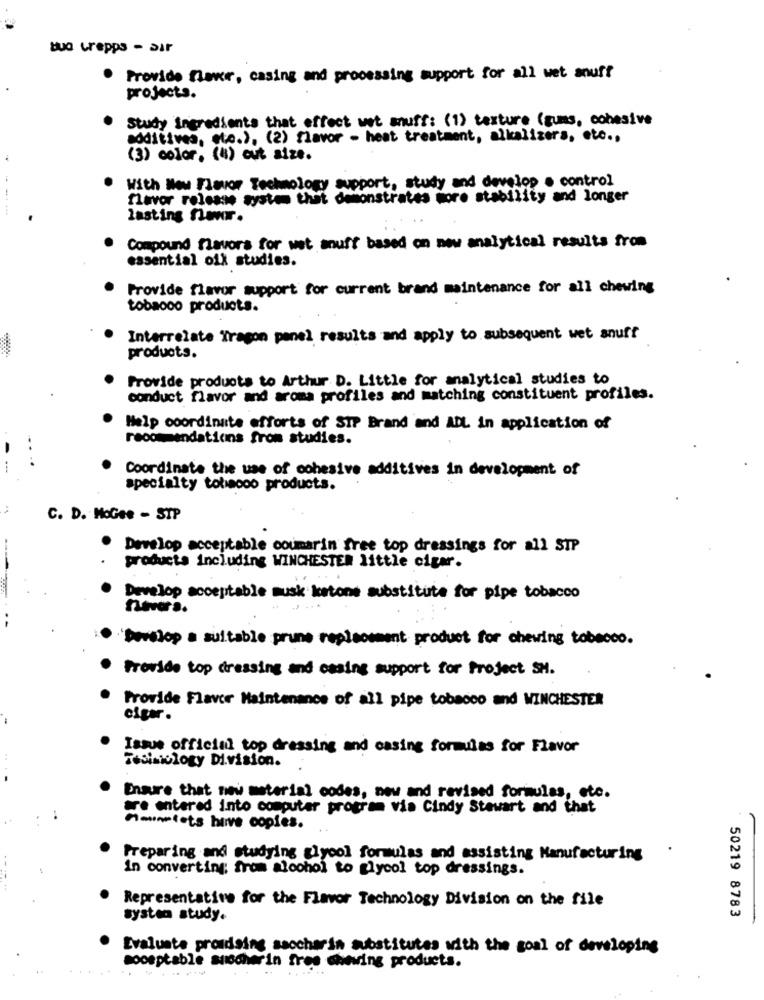
bua Grepps - air
Provide flower, casing and processing support for all wet snuff
projects.
Study ingredients that effect wet snuff: (1) texture (gums, cohesive
additives, etc.), (2) flavor - heat treatment, alkalizers, etc .,
(3) color. (4) out size.
With New Flavor Technology support, study and develop . control
flavor release system that demonstrates more stability and longer
---
lasting Ser.
Compound flavors for wet snuff based on new analytical results from
essential oil studies.
Provide flavor support for current brand maintenance for all chewing
tobacco products.
Interrelate Tragon panel results and apply to subsequent wet snuff
products.
Provide products to Arthur D. Little for analytical studies to
conduct flavor and aroma profiles and matching constituent profiles.
Help coordinate efforts of SIP Brand and ADL in application of
recommendations from studies.
Coordinate the use of cohesive additives in development of
specialty tobacco products.
C. D. MoGee - STP
· Develop acceptable coumarin free top dressings for all STP
products including WINCHESTER little cigar.
Develop acceptable musk ketone substitute for pipe tobacco
nevera.
·Develop a suitable prune replacement product for chewing tobacco.
Provide top dressing and casing support for Project SH.
Provide Flavor Maintenance of all pipe tobacco and WINCHESTER
-
cigar .
Issue official top dressing and casing formulas for Flavor
Tesisiology Division.
Ensure that new material codes, new and revised formulas, etc.
are entered into computer program via Cindy Stewart and that
Mainelots hive copies.
Preparing and studying glycol formulas and assisting Manufacturing
In converting; from alcohol to glycol top dressings.
Representative for the Flavor Technology Division on the file
50219 8783
system study.
Evaluate proudging saccharin substitutes with the goal of developing
moosptable suscherin free chewing products.